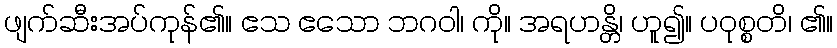
ဖျက်ဆီးအပ်ကုန်၏။ ဧသ ဧသော ဘဂဝါ၊ ကို။ အရဟန္တိ၊ ဟူ၍။ ပဝုစ္စတိ၊ ၏။